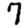
Digit: 7